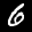
Label: 6